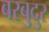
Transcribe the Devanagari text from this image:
बरबुदुर